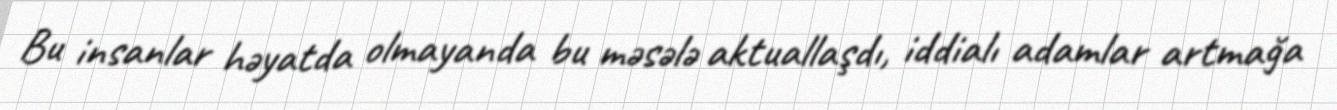
Bu insanlar həyatda olmayanda bu məsələ aktuallaşdı, iddialı adamlar artmağa